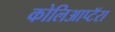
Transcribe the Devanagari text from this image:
कोलिआप्टॅरा